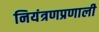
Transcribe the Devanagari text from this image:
नियंत्रणप्रणाली